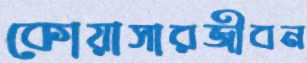
কোয়াসারজীবন